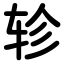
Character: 轸